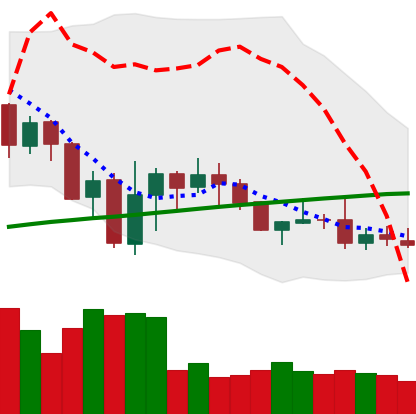
Ticker: DOGE-USD
Chart end date: 2019-07-30
Forward return: 4.295%
Label: up_3_5